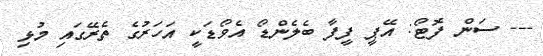
--- ސަން ފޮޓޯ: އޭޕީ ފީފާ ބެލެންޑޯ އެވޯޑަކީ އަހަރުގެ ތެރޭގައި މުޅި